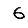
Digit: 6